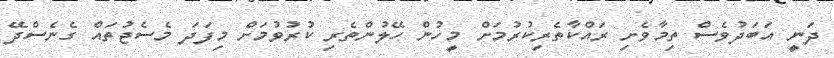
ދަނީ އަބަދުވެސް ތިމާވެށި ރައްކާތެރިކުރުމަށް މީހުން ހޭލުންތެރި ކުރުވުމަށް މިފަދަ މެސެޖުތައް ގެނެސްދޭ